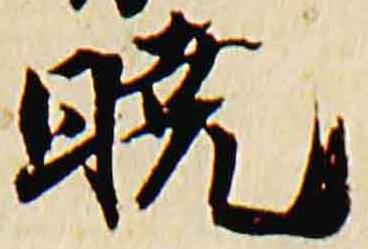
暁